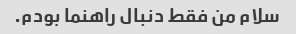
سلام من فقط دنبال راهنما بودم.